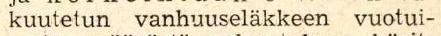
kuutetun vanhuuseläkkeen vuotui-